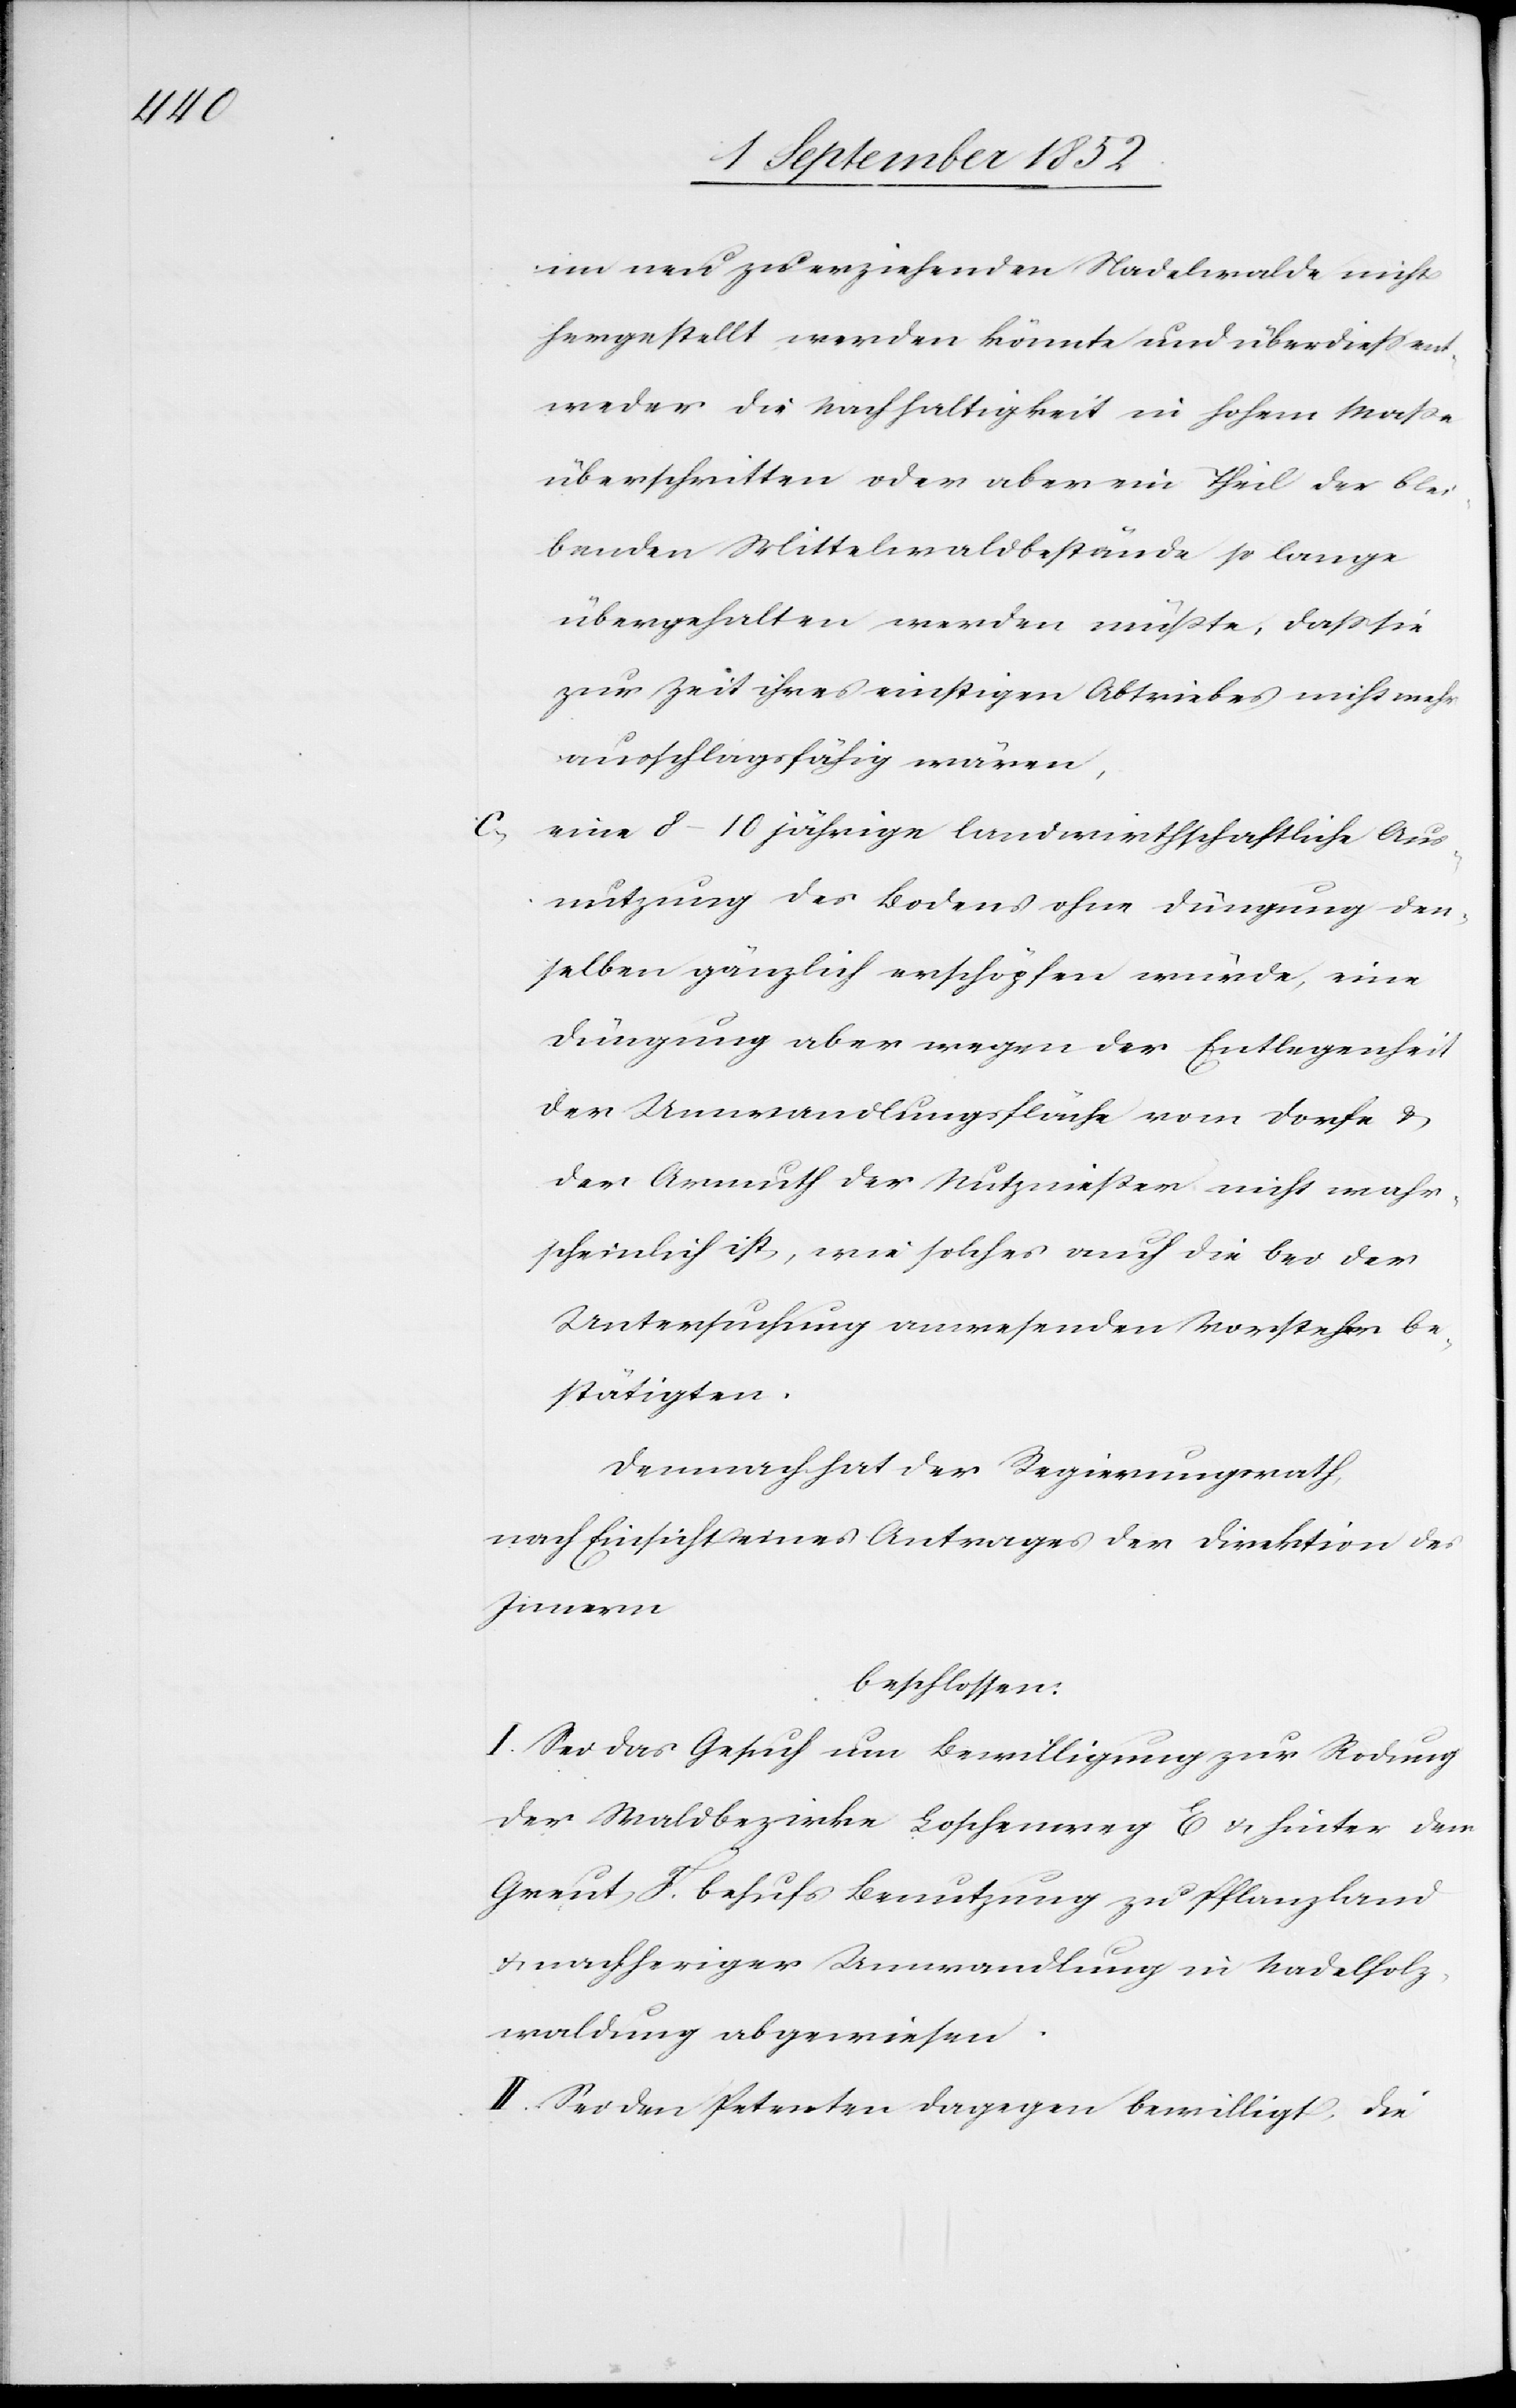
im neu zu erziehenden Nadelwalde nicht
hergestellt werden könnte und überdiess ent¬
weder die Nachhaltigkeit in hohem Maße
überschritten oder aber ein Theil der blei¬
benden Mittelwaldbestände so lange
übergehalten werden müßte, dass sie
zur Zeit ihres einstigen Abtriebes nicht mehr
ausschlagsfähig wären,
eine 8–10 jährige landwirthschaftliche Aus¬
nutzung des Bodens ohne Düngung den¬
selben gänzlich erschöpfen würde, eine
Düngung aber wegen der Entlegenheit
der Umwandlungsfläche vom Dorfe &
der Armuth der Nutznießer nicht wahr¬
scheinlich ist, wie solches auch die bei der
Untersuchung anwesenden Vorsteher be¬
stätigten.
Demnach hat der Regierungsrath,
nach Einsicht eines Antrages der Direktion des
Innern
beschlossen:
I. Sei das Gesuch um Bewilligung zur Rodung
der Waldbezirke Loschenweg E & hinter dem
Greut F. behufs Benutzung zu Pflanzland
nachheriger Umwandlung in Nadelholz¬
waldung abgewiesen.
II. Sei den Petenten dagegen bewilligt, die